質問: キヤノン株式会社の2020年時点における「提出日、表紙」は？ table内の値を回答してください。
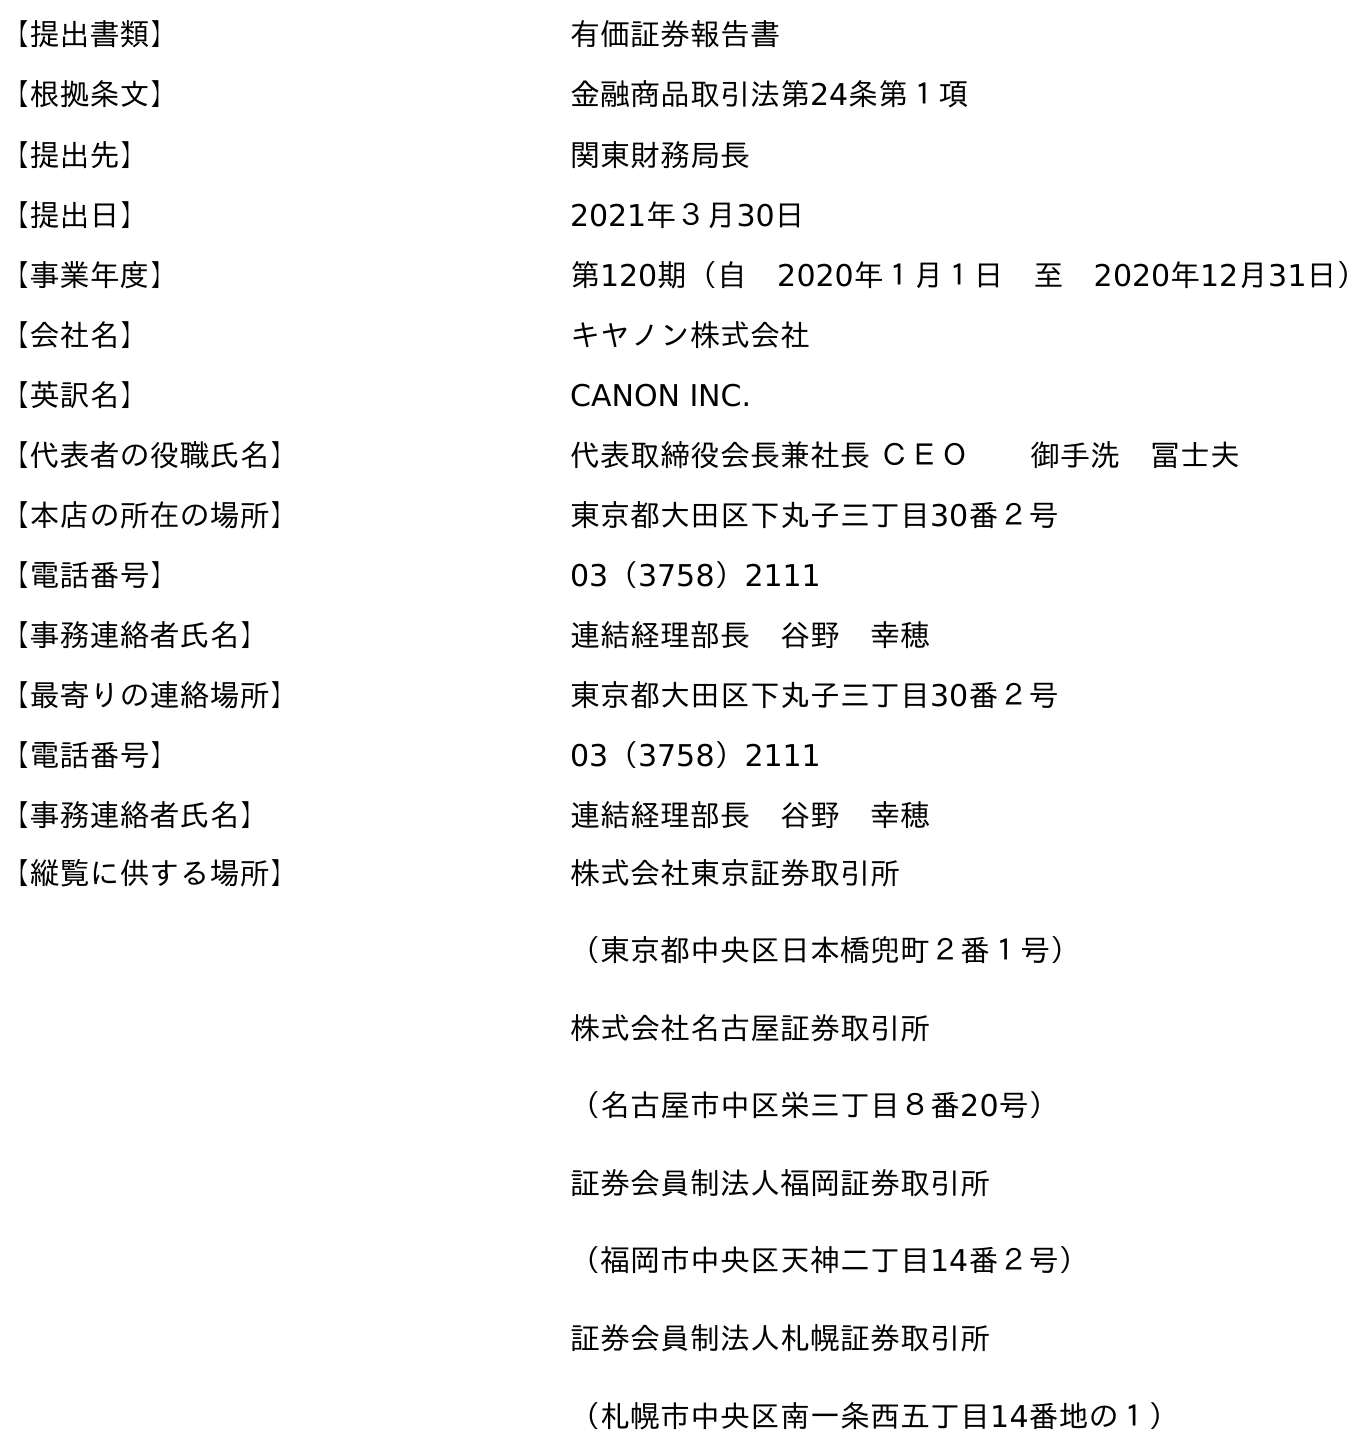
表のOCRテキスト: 【提出書類】 有価証券報告書 【根拠条文】 金融商品取引法第24条第１項 【提出先】 関東財務局長 【提出日】 2021年３月30日 【事業年度】 第120期（自 2020年１月１日 至 2020年12月31日） 【会社名】 キヤノン株式会社 【英訳名】 CANON INC. 【代表者の役職氏名】 代表取締役会長兼社長 ＣＥＯ  御手洗 冨士夫 【本店の所在の場所】 東京都大田区下丸子三丁目30番２号 【電話番号】 03（3758）2111 【事務連絡者氏名】 連結経理部長 谷野 幸穂 【最寄りの連絡場所】 東京都大田区下丸子三丁目30番２号 【電話番号】 03（3758）2111 【事務連絡者氏名】 連結経理部長 谷野 幸穂 【縦覧に供する場所】 株式会社東京証券取引所 （東京都中央区日本橋兜町２番１号） 株式会社名古屋証券取引所 （名古屋市中区栄三丁目８番20号） 証券会員制法人福岡証券取引所 （福岡市中央区天神二丁目14番２号） 証券会員制法人札幌証券取引所 （札幌市中央区南一条西五丁目14番地の１）
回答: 2021年３月30日